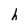
Character: h